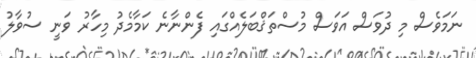
ނަމަވެސް މި ދުވަސް އަވަސް މުސްތަޤްބަލެއްގައި ފެންނާނެ ކަމާމެދު މިހާރު ވަނީ ސުވާލު